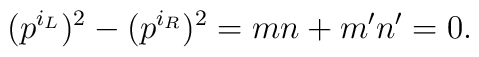
(p^{i_L})^2 - (p^{i_R})^2 = m n + m' n' = 0.